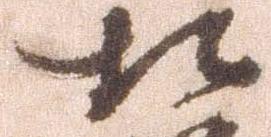
相